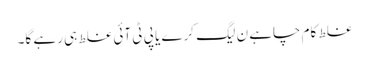
غلط کام چاہے ن لیگ کرے یا پی ٹی آئی غلط ہی رہے گا۔